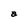
Character: a